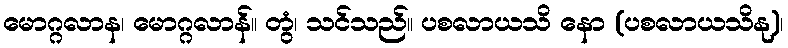
မောဂ္ဂလာန၊ မောဂ္ဂလာန်။ တွံ၊ သင်သည်။ ပစလာယသိ နော (ပစလာယသိနု)၊